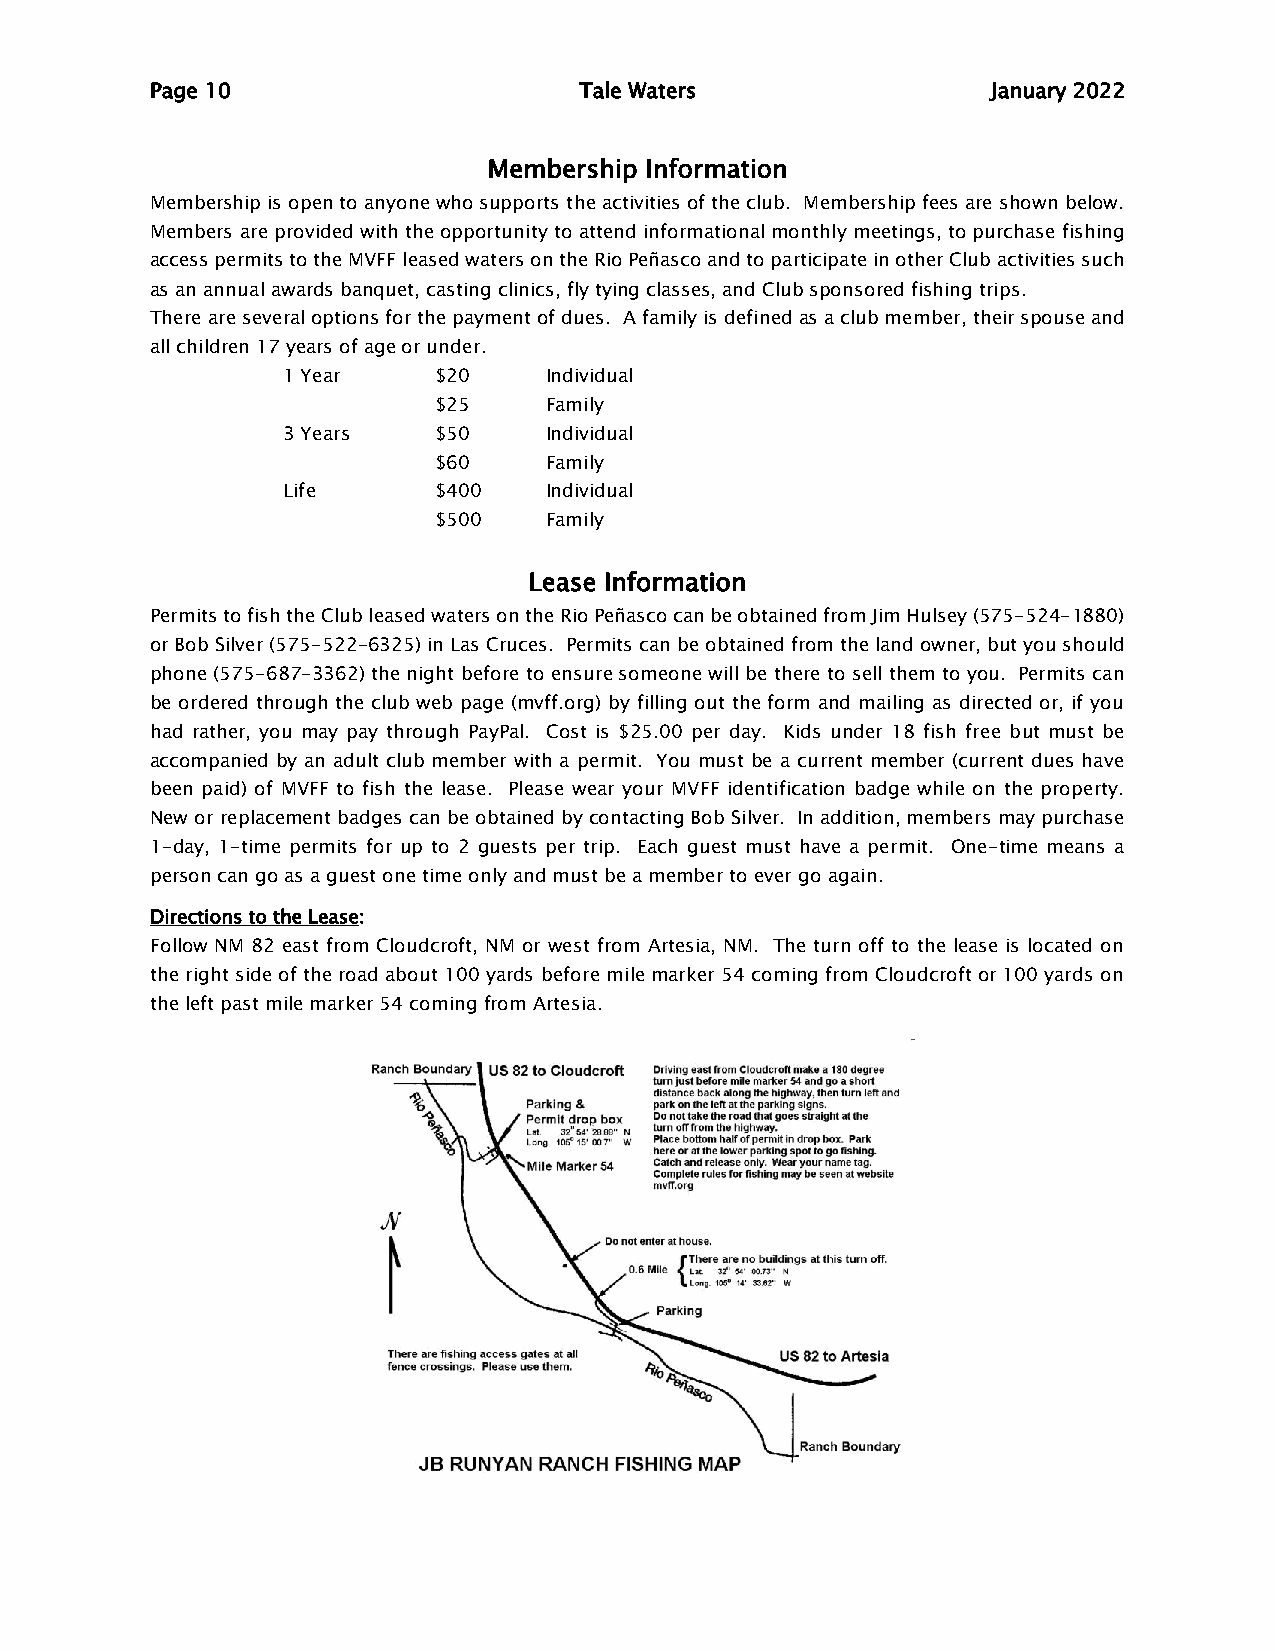
Page 10                     Tale Waters                 January 2022
 Membership Information
 Membership is open to anyone who supports the activities of the club. Membership fees are shown below.
 Members are provided with the opportunity to attend informational monthly meetings, to purchase fishing
 access permits to the MVFF leased waters on the Rio Peñasco and to participate in other Club activities such
 as an annual awards banquet, casting clinics, fly tying classes, and Club sponsored fishing trips.
 There are several options for the payment of dues. A family is defined as a club member, their spouse and
 all children 17 years of age or under.
 1 Year    $20    Individual
 $25    Family
 3 Years   $50    Individual
 $60    Family
 Life      $400   Individual
 $500   Family
 Lease Information
 Permits to fish the Club leased waters on the Rio Peñasco can be obtained from Jim Hulsey (575-524-1880)
 or Bob Silver (575-522-6325) in Las Cruces. Permits can be obtained from the land owner, but you should
 phone (575-687-3362) the night before to ensure someone will be there to sell them to you. Permits can
 be ordered through the club web page (mvff.org) by filling out the form and mailing as directed or, if you
 had rather, you may pay through PayPal. Cost is $25.00 per day. Kids under 18 fish free but must be
 accompanied by an adult club member with a permit. You must be a current member (current dues have
 been paid) of MVFF to fish the lease. Please wear your MVFF identification badge while on the property.
 New or replacement badges can be obtained by contacting Bob Silver. In addition, members may purchase
 1-day, 1-time permits for up to 2 guests per trip. Each guest must have a permit. One-time means a
 person can go as a guest one time only and must be a member to ever go again.
 Directions to the Lease:
 Follow NM 82 east from Cloudcroft, NM or west from Artesia, NM. The turn off to the lease is located on
 the right side of the road about 100 yards before mile marker 54 coming from Cloudcroft or 100 yards on
 the left past mile marker 54 coming from Artesia.